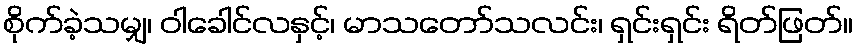
စိုက်ခဲ့သမျှ၊ ဝါခေါင်လနှင့်၊ မာသတော်သလင်း၊ ရှင်းရှင်း ရိတ်ဖြတ်။